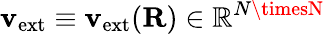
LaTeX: \mathbf{v}_{\mathrm{{ext}}}\equiv\mathbf{v}_{\mathrm{{ext}}}({\mathbf{R}})\in{\mathbb{R}}^{N\timesN}